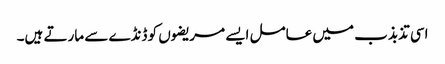
اسی تذبذب میں عامل ایسے مریضوں کو ڈنڈے سے مارتے ہیں۔